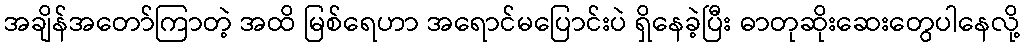
အချိန်အတော်ကြာတဲ့ အထိ မြစ်ရေဟာ အရောင်မပြောင်းပဲ ရှိနေခဲ့ပြီး ဓာတုဆိုးဆေးတွေပါနေလို့